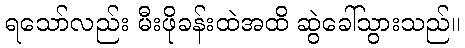
ရသော်လည်း မီးဖိုခန်းထဲအထိ ဆွဲခေါ်သွားသည်။